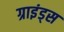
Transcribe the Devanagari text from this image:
ग्राइंड्स